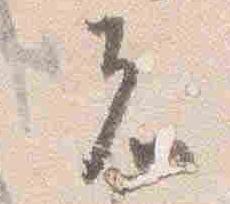
者